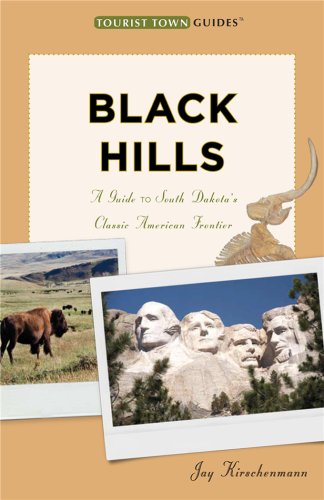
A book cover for Black Hills: A Guide to South Dakota's Classic American Frontier (Tourist Town Guides); Jay Kirschenmann; Travel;